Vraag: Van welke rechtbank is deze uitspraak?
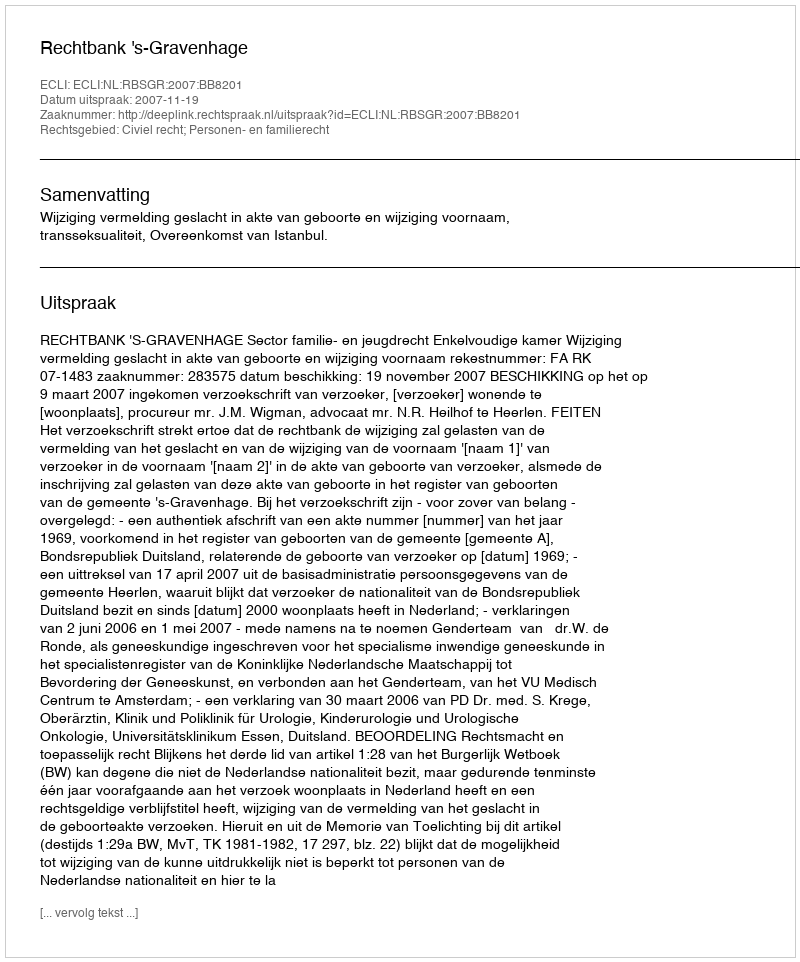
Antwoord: Rechtbank 's-Gravenhage